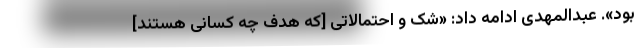
بود». عبدالمهدی ادامه داد: «شک و احتمالاتی [که هدف چه کسانی هستند]